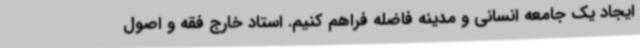
ایجاد یک جامعه انسانی و مدینه فاضله فراهم کنیم. استاد خارج فقه و اصول